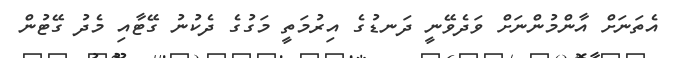
އެތަނަށް އާންމުންނަށް ވަދެވޭނީ ދަނޑުގެ އިރުމަތީ މަގުގެ ދެކުނު ގޭޓާއި މެދު ގޭޓުން